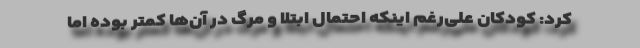
کرد: کودکان علی‌رغم اینکه احتمال ابتلا و مرگ در آن‌ها کمتر بوده اما